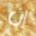
إن